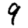
Digit: 9